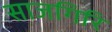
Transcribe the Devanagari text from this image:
साजगिरि